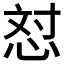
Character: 𪫼